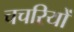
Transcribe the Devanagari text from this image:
चचरियों